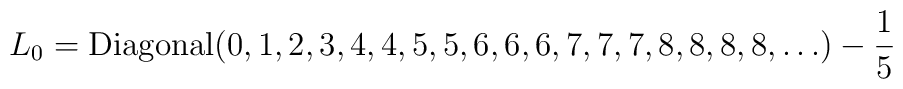
L_0=\mbox{Diagonal} (0,1,2, 3, 4,4, 5,5, 6, 6,6, 7, 7,7,8, 8, 8, 8,  \ldots )-\frac{1}{5}